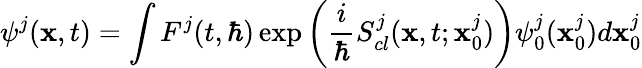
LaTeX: \psi^{j}(\textbf{x},t)=\int F^{j}(t,\hbar)\exp\left(\frac{i}{\hbar}S_{cl}^{j}(\textbf{x},t;\textbf{x}_{0}^{j})\right)\psi_{0}^{j}(\textbf{x}_{0}^{j})d\textbf{x}_{0}^{j}